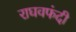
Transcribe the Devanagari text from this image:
राघवफंदी